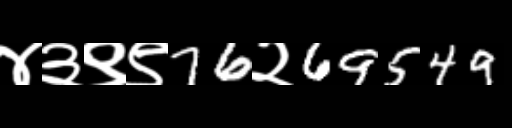
Text: ४३९९76२69549